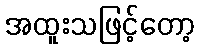
အထူးသဖြင့်တော့